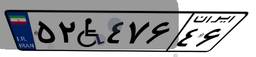
۳۸W۱۷۳۲۷